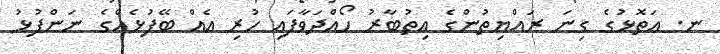
ނ. އަތޮޅުގެ ގިނަ ރައްޔިތުންގެ އިތުބާރު ހޯއްދަވާފައި ހުރި އެއް ބޭފުޅެއްގެ ނަންފުޅު